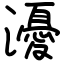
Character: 瀀